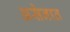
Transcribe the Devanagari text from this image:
असेनात